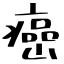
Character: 癌